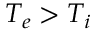
T _ { e } > T _ { i }